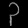
Digit: ၃